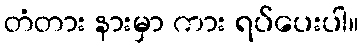
တံတား နားမှာ ကား ရပ်ပေးပါ။